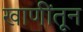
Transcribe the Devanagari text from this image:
खाणींतून